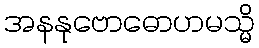
အနနုဗောဓောဟမသ္မိ